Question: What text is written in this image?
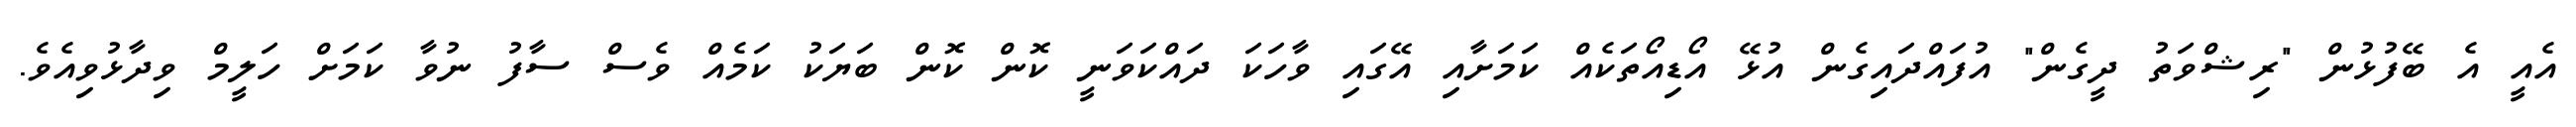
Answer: އެއީ އެ ބޭފުޅުން "ރިޝްވަތު ދީގެން" އުފައްދައިގެން އުޅޭ އޯޑިއޯތަކެއް ކަމަށާއި އޭގައި ވާހަކަ ދައްކަވަނީ ކޮން ކޮން ބަޔަކު ކަމެއް ވެސް ސާފު ނުވާ ކަމަށް ހަލީމް ވިދާޅުވިއެވެ.